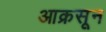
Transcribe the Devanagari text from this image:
आक्रसून